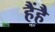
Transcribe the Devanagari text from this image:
हैंहै